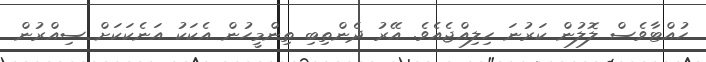
ހުއްޓާވެސް ލޮލުން ކަރުނަ ހިލިއްޖެއެވެ. އޭރު ދެންތިބި ތިންމީހުން އެކަކު އަނެކަކަށް ސިއްރުން